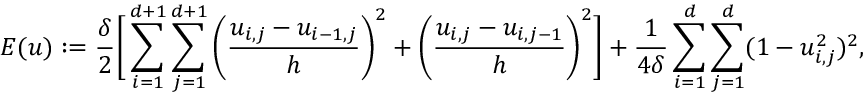
E ( \boldsymbol { u } ) : = \frac { \delta } { 2 } \bigg [ \sum _ { i = 1 } ^ { d + 1 } \sum _ { j = 1 } ^ { d + 1 } \bigg ( \frac { u _ { i , j } - u _ { i - 1 , j } } { h } \bigg ) ^ { 2 } + \bigg ( \frac { u _ { i , j } - u _ { i , j - 1 } } { h } \bigg ) ^ { 2 } \bigg ] + \frac { 1 } { 4 \delta } \sum _ { i = 1 } ^ { d } \sum _ { j = 1 } ^ { d } ( 1 - u _ { i , j } ^ { 2 } ) ^ { 2 } ,